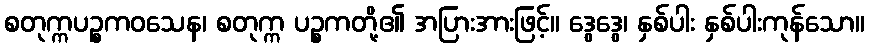
စတုက္ကပဉ္စကဝသေန၊ စတုက္က ပဉ္စကတို့၏ အပြားအားဖြင့်။ ဒွေဒွေ၊ နှစ်ပါး နှစ်ပါးကုန်သော။